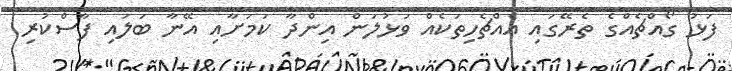
ފަޅު ގޯއްޗެއްގެ ތެރޭގައި އެއްޗެހިތަކެއް ވަޅުލަން އިންދާ ކަމަށާއި އޭނާ ބަލައި ފާސްކުރި